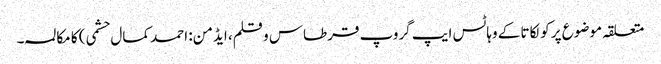
متعلقہ موضوع پر کولکاتا کے وہاٹس ایپ گروپ قرطاس و قلم، ایڈمن: احمد کمال حشمی) کا مکالمہ۔